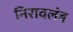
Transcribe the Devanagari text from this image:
निरावलंब